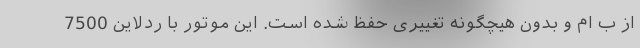
از ب ام و بدون هیچگونه تغییری حفظ شده است. این موتور با ردلاین 7500